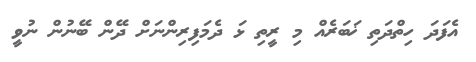
އެފަދަ ހިތްދަތި ޚަބަރެއް މި ރީތި ޅަ ދެމަފިރިންނަށް ދޭން ބޭނުން ނުވީ